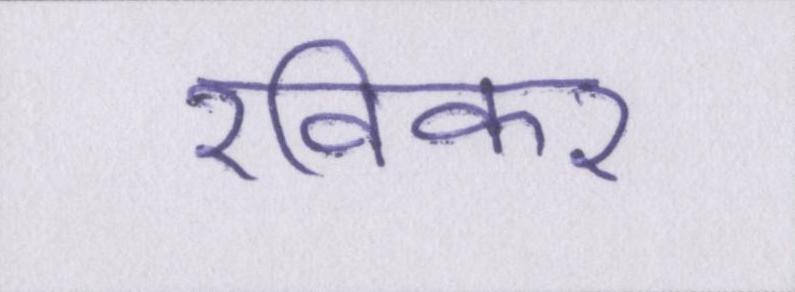
रविकर